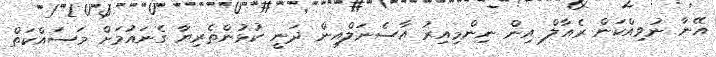
އޭނާ ނުވިއްކަން ރެއާލް އިން ނިންމިއިރު އާސެނަލްއިން ދަނީ ކުޅުންތެރިޔާ ގެނައުމަށް މަސައްކަތް